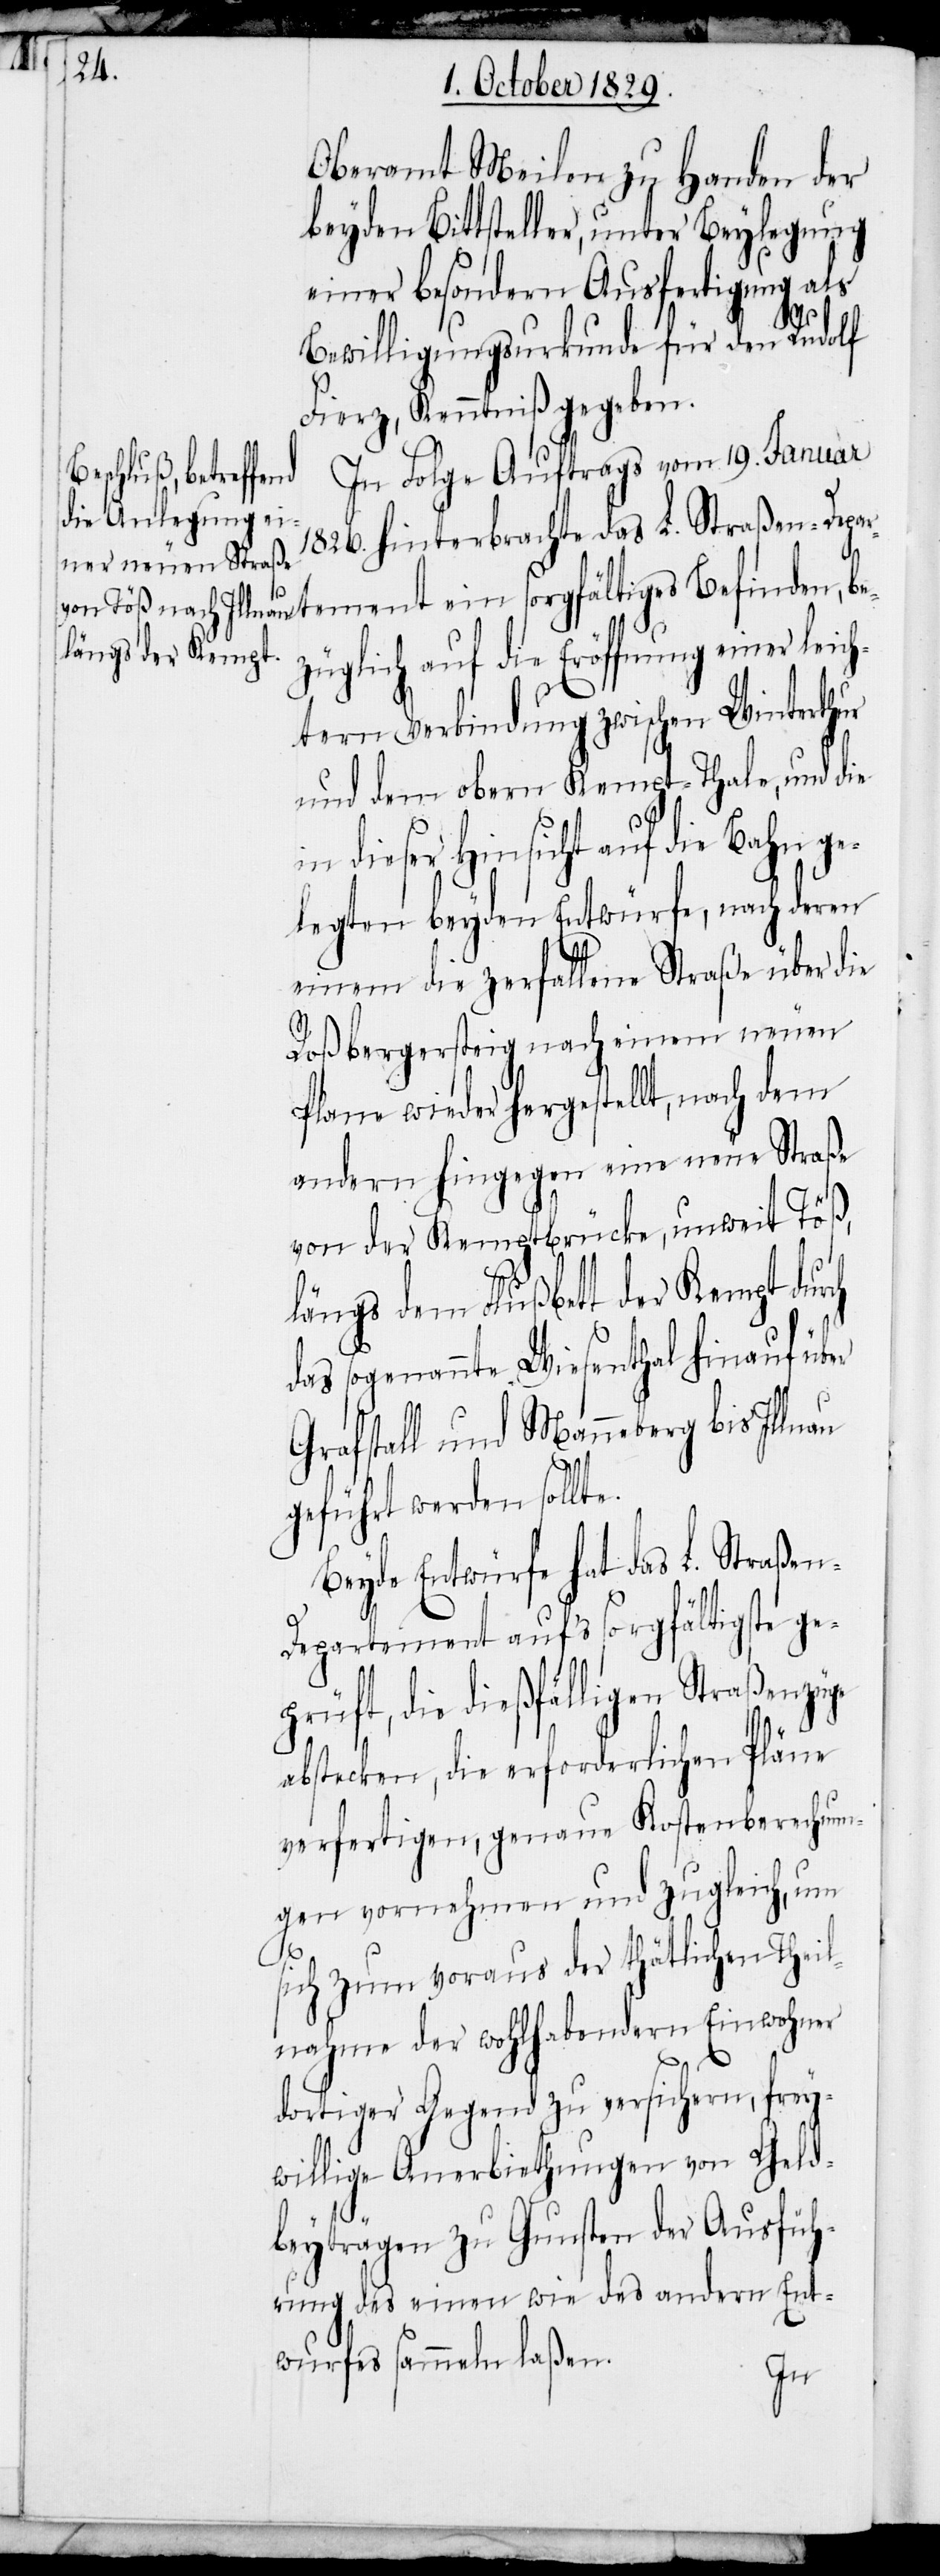
e.

Oberamt Meilen zu Handen der
beyden Bittsteller, unter Beylegung
einer besondern Ausfertigung als
Bewilligungsurkunde für den Rudolf
Fierz, Kenntniß gegeben.
In Folge Auftrags vom 19. Januar
1826. hinterbrachte das L. Straßen-De¬
ge
üglich auf die Eröffnung einer
tern Verbindung zwischen Winterthur
und dem obern Kempt-Thale, und die
in dieser Hinsicht auf die Bahn ge¬
legten beyden Entwürfe, nach deren
einem die zerfallene Straße über die
s
Roßbergersteig nach einem neuen
Plane wieder hergestellt, nach dem
andern hingegen eine neue Straße
von der Kemptbrücke, unweit Töß,
längs dem Flußbett der Kempt durch
das sogenannte Wiesenthal hinauf über
Grafstall und Manneberg bis Illnau
geführt werden sollt¬
Beyde Entwürfe hat das L. Straßen-D¬
epartement aufs sorgfältigste ge¬
prüft, die dießfälligen Straßenzü¬
abstecken, die erforderlichen Pläne
verfertigen, genaue Kostenberechnun¬
gen vornehmen und zugleich, um
sich zum voraus der thätlichen Theil¬
nahme der wohlhabendern Einwohner
dortiger Gegend zu versichern, frey¬
willige Anerbiethungen von Geld¬
beyträgen zu Gunsten der Ausfüh¬
rung des einen wie des andern Ent¬
wurfes sammeln laßen.